Veterinary [1904] -
Year: 1904
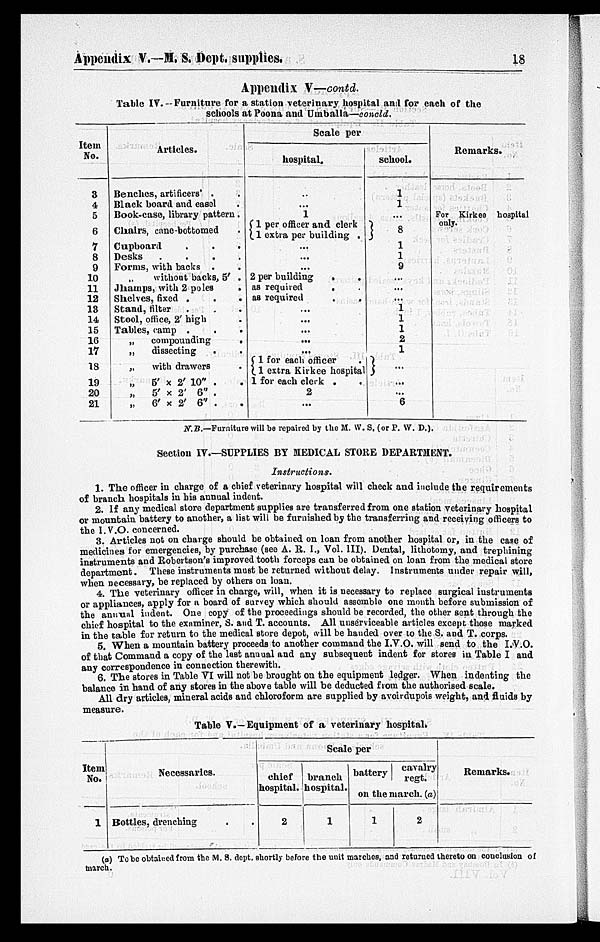
Appendix V.—M. S. Dept. supplies.
18
Appendix V—contd.
Table IV. - Furniture for a station veterinary hospital and for each of the
schools at Poona and Umballa—concld.
Item
No.
3
4
5
6
7
8
9
10
11
12
13
14
15
16
17
18
19
20
21
Articles.
Benches, artificers' . .
Black board and easel .
Book-case, library pattern .
Chairs, cane-bottomed .
Cupboard
Desks
....
Forms, with backs . .
„ without backs, 5' .
Jhamps, with 2 poles
.
Shelves, fixed . . .
Stand, filter
Stool, office, 2' high .
Tables, camp . . .
„
compounding
.
„
dissecting
. .
„
with drawers .
„
5' × 2' 10" . .
„ 5' × 2' 6" .
„ 6' × 2' 6" . .
Scale per
hospital.
..
...
1
{1 per officer and clerk
1 extra per building .
...
...
...
2 per building . .
as required
as required
...
...
...
...
...
{1 for each officer .
1 extra Kirkee hospital
1 for each clerk . .
2
...
school.
1
1
...
}8
1
1
9
...
...
...
1 1
1
2
1
}...
...
...
6
Remarks.
For Kirkee hospital
only.
N.B.—Furniture will be repaired by the M. W. S. (or P. W. D.).
Section IV.—SUPPLIES BY MEDICAL STORE DEPARTMENT.
Instructions.
1. The officer in charge of a chief veterinary hospital will check and include the requirements
of branch hospitals in his annual indent.
2. If any medical store department supplies are transferred from one station veterinary hospital
or mountain battery to another, a list will be furnished by the transferring and receiving officers to
the I. V. O. concerned.
3. Articles not on charge should be obtained on loan from another hospital or, in the case of
medicines for emergencies, by purchase (see A. R. I., Vol. III). Dental, lithotomy, and trephining
instruments and Robertson's improved tooth forceps can be obtained on loan from the medical store
department. These instruments must be returned without delay. Instruments under repair will,
when necessary, be replaced by others on loan.
4. The veterinary officer in charge, will, when it is necessary to replace surgical instruments
or appliances, apply for a board of survey which should assemble one month before submission of
the annual indent. One copy of the proceedings should be recorded, the other sent through the
chief hospital to the examiner, S. and T. accounts. All unserviceable articles except those marked
in the table for return to the medical store depot, will be handed over to the S. and T. corps.
5. When a mountain battery proceeds to another command the I.V.O. will send to the I.V.O.
of that Command a copy of the last annual and any subsequent indent for stores in Table I and
any correspondence in connection therewith.
6. The stores in Table VI will not be brought on the equipment ledger. When indenting the
balance in hand of any stores in the above table will be deducted from the authorised scale.
All dry articles, mineral acids and chloroform are supplied by avoirdupois weight, and fluids by
measure.
Table V.—Equipment of a veterinary hospital.
Item
No.
1
Necessaries.
Bottles, drenching . .
Scale per
chief
hospital.
2
branch
hospital.
1
battery cavalry
regt.
on the march (a)
1
2
Remarks.
(a) To be obtained from the M. S. dept. shortly before the unit marches, and returned thereto on conclusion of
march.